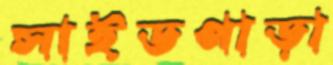
সাইডপাড়া